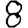
Digit: 8